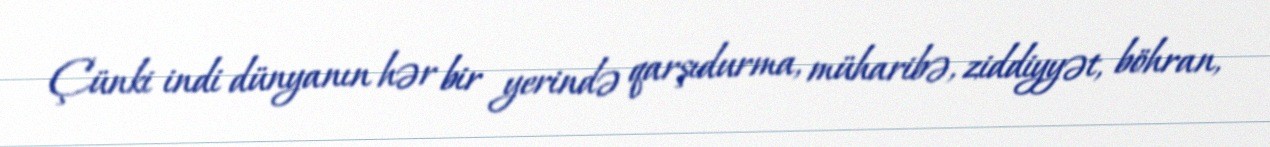
Çünki indi dünyanın hər bir yerində qarşıdurma, müharibə, ziddiyyət, böhran,